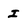
Character: I